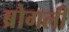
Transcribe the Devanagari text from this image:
ब्रोगली